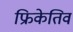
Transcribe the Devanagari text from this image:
फ्रिकेतिव